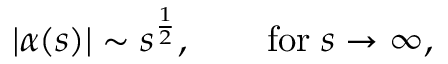
| \alpha ( s ) | \sim s ^ { \frac { 1 } { 2 } } , \qquad \mathrm { f o r } \; s \to \infty ,